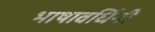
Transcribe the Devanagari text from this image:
भाषावर्धिनी